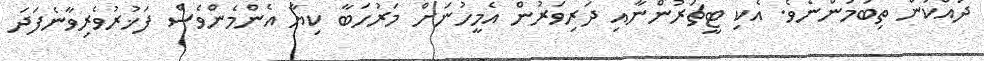
ދައްކަން ތިބުމުންނެވެ. އެކި ޓީޗަރުންނާއި ދަރިވަރުން އެމީހުނަށް މަރުހަބާ ކިޔާ އެންމެންވެސް ފަޚުރުވެރިވާނެފަދަ